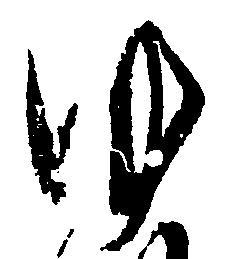
ゆ